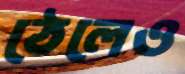
ঠেলেও